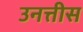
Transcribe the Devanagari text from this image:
उनत्तीस